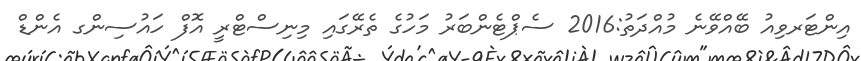
އިންޓަރވިއު ބޭއްވޭނެ މުއްދަތު:2016 ސެޕްޓެންބަރު މަހުގެ ތެރޭގައި މިނިސްޓްރީ އޮފް ހައުސިންގ އެންޑް